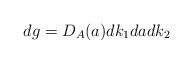
\begin{align*}dg=D_{A}(a)dk_1dadk_2\end{align*}